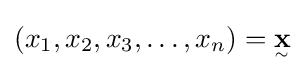
(x_{1},x_{2},x_{3},\ldots ,x_{n})={\underset {^{\sim }}{\mathbf {x} }}